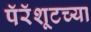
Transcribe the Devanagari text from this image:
पॅरॅशूटच्या